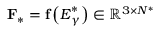
\mathbf { F } _ { \ast } = \mathbf { f } \left( \boldsymbol { E } _ { \gamma } ^ { \ast } \right) \in \mathbb { R } ^ { 3 \times N ^ { \ast } }